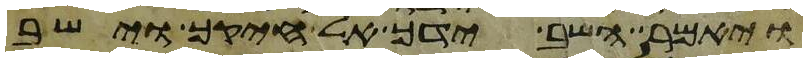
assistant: ויאמר השב ידך אל חיקך וישב